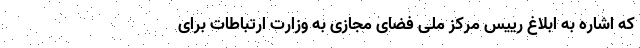
که اشاره به ابلاغ رییس مرکز ملی فضای مجازی به وزارت ارتباطات برای